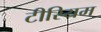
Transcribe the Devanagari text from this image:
टीरियम